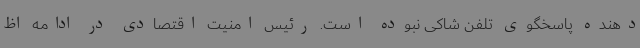
دهنده پاسخگوی تلفن شاکی نبوده است. رئیس امنیت اقتصادی در ادامه اظ